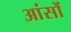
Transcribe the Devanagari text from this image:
आंसों